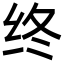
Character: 终